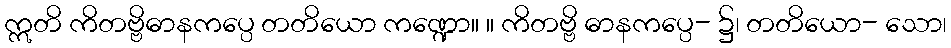
ဣတိ ကိတဗ္ဗိဓာနကပ္ပေ တတိယော ကဏ္ဍော။ ။ ကိတဗ္ဗိ ဓာနကပ္ပေ- ၌၊ တတိယော- သော၊